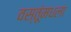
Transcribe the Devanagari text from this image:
वस्तूंमधला